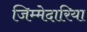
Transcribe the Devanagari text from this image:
जिम्मेदारिया